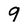
Character: 9